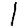
Digit: 1